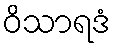
ဝိသာရဒံ